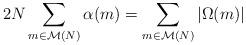
LaTeX: \begin{align*} 2N\sum_{m\in\mathcal{M}(N)}\alpha(m) =\sum_{m\in\mathcal{M}(N)}\left|\Omega(m)\right| \end{align*}